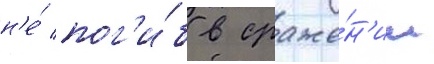
н'е́ пог'и́б в сраже́н'ии